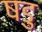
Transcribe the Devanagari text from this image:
षडु